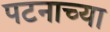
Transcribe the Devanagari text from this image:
पटनाच्या